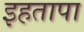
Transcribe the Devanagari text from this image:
इहतापा